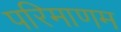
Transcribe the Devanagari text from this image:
परिमाणम